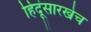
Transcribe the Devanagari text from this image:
हिंदूंसारखेच